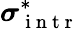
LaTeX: \boldsymbol{\sigma}_{\mathrm{~i~n~t~r~}}^{\ast}